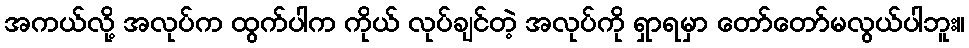
အကယ်လို့ အလုပ်က ထွက်ပါက ကိုယ် လုပ်ချင်တဲ့ အလုပ်ကို ရှာရမှာ တော်တော်မလွယ်ပါဘူး။